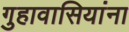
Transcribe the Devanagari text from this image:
गुहावासियांना